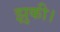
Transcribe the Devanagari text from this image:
झुकी।